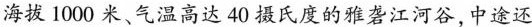
海拔1000米气温高达40摄氏度的雅砻江河谷，中途还